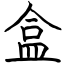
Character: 盒